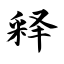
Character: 释